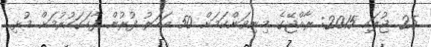
25 ޖުލައި 2015: ރާއްޖޭގެ މިނިވަންކަމަށް 50 އަހަރު ފުރުން ފާހަގަކުރުމަށް މުޅި